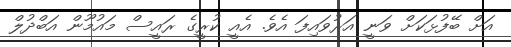
އަށް ބޭފުޅަކަށް ވަނީ އަރުވައިފަ އެވެ. އެއީ ކުރީގެ ރައީސް މައުމޫން އަބްދުލް